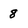
Character: 8